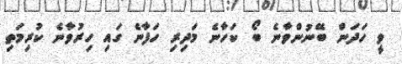
ވީ ހަދަން ބޭނުންވާނެ ބޯ ކަހާނެ މަދިރި ހަފާނެ ގައި ހިރުވާނެ ކުރިމަތި